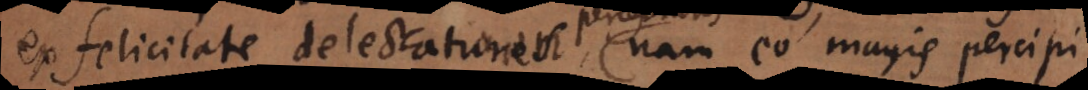
ex felicitate delectationes, nam eo magis percipi